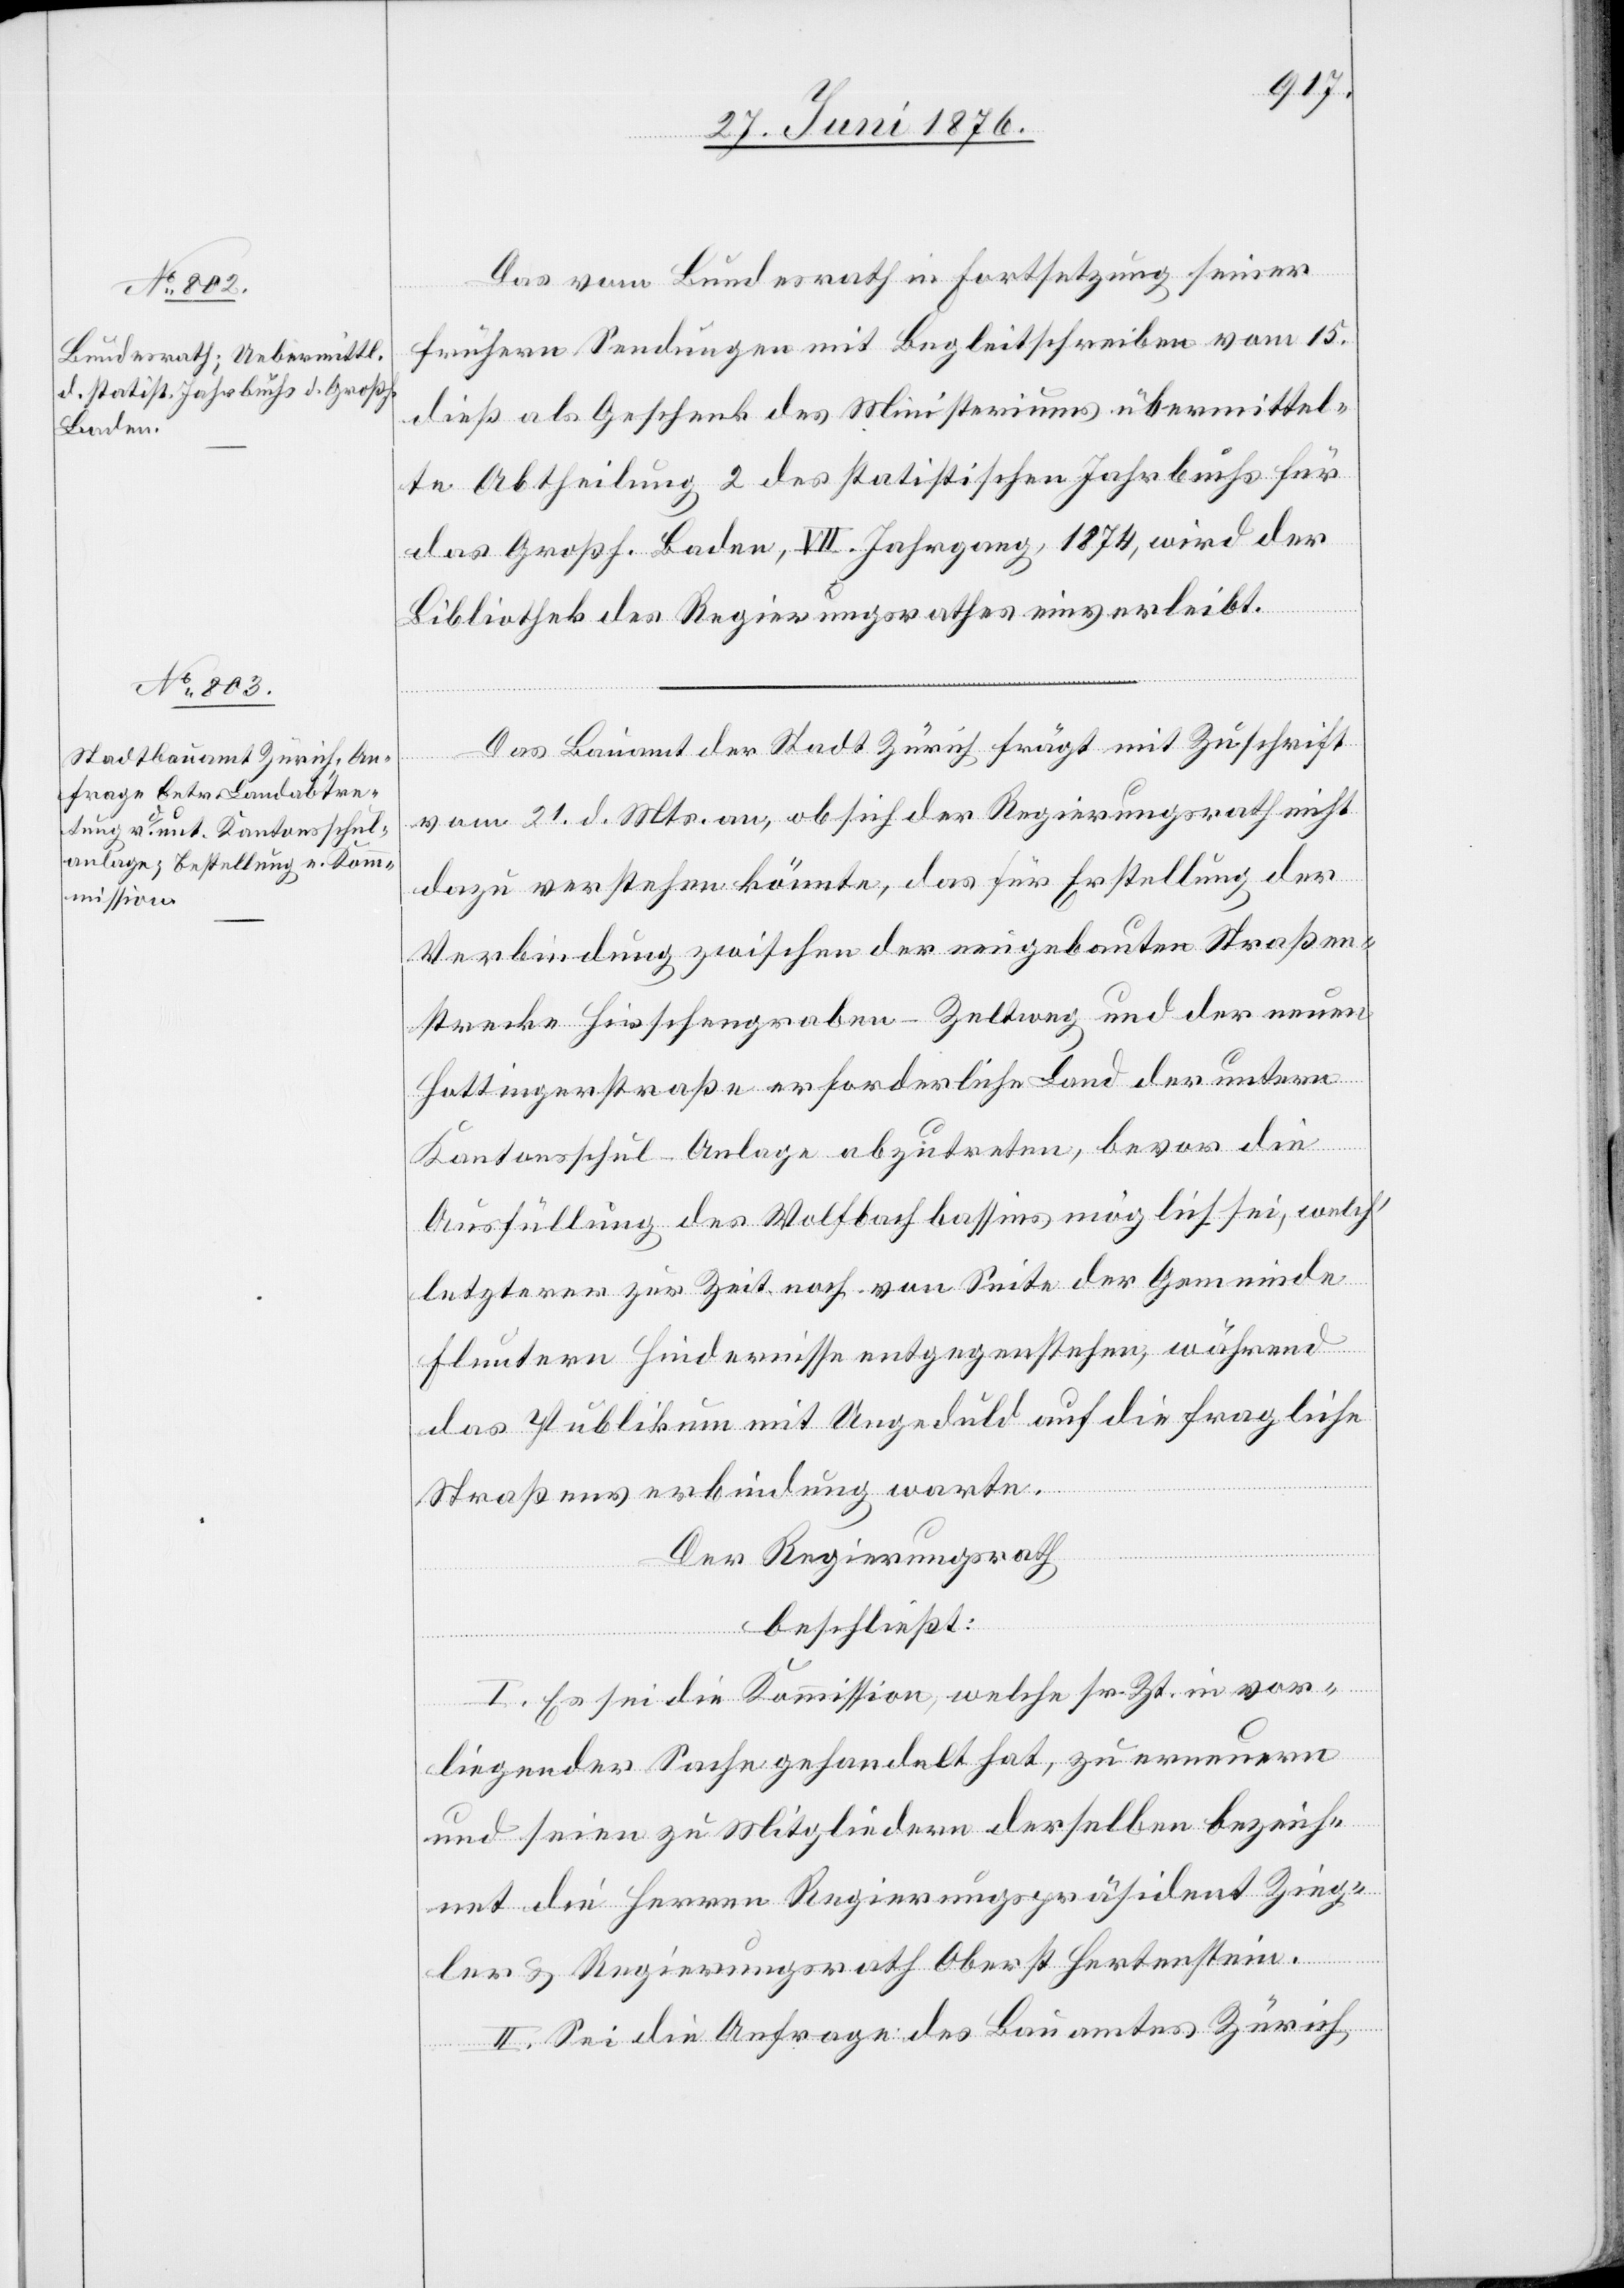
Das vom Bundesrath in Fortsetzung seiner
frühern Sendungen mit Begleitschreiben vom 15.
dies als Geschenk des Ministeriums übermittel¬
te Abtheilung 2 des statistischen Jahrbuchs für
das Großh. Baden, VII. Jahrgang, 1874, wird der
Bibliothek des Regierungsrathes einverleibt.
Das Bauamt der Stadt Zürich frägt mit Zuschrift
vom 21. d. Mts. an, ob sich der Regierungsrath nicht
dazu verstehen könnte, das für Erstellung der
Verbindung zwischen der eingebauten Straßen¬
strecke Hirschengraben–Zeltweg und der neuen
Hottingerstraße erforderliche Land der untern
Kantonsschul-Anlage abzutreten, bevor die
Ausfüllung des Wolfbachbassins möglich sei, welch’
letzterer zur Zeit noch von Seite der Gemeinde
Fluntern Hindernisse entgegenstehen, während
das Publikum mit Ungeduld auf die fragliche
Straßenverbindung warte.
Der Regierungsrath
beschließt:
I. Es sei die Kommission, welche sr. Zt. in vor¬
liegender Sache gehandelt hat, zu erneuern
und seien zu Mitgliedern derselben bezeich¬
net die Herren Regierungspräsident Zieg¬
ler & Regierungsrath Oberst Hertenstein.
II. Sei die Anfrage des Bauamtes Zürich,